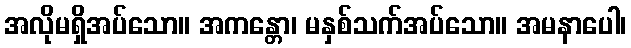
အလိုမရှိအပ်သော။ အကန္တော၊ မနှစ်သက်အပ်သော။ အမနာပေါ၊